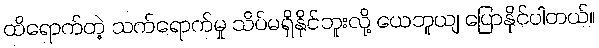
ထိရောက်တဲ့ သက်ရောက်မှု သိပ်မရှိနိုင်ဘူးလို့ ယေဘူယျ ပြောနိုင်ပါတယ်။